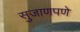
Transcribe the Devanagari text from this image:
सुजाणपणे